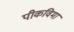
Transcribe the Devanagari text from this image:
पीकविमा